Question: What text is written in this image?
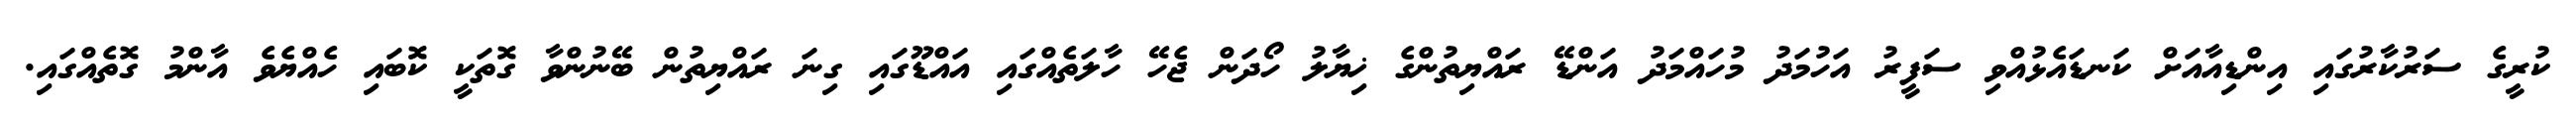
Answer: ކުރީގެ ސަރުކާރުގައި އިންޑިއާއަށް ކަނޑައެޅުއްވި ސަފީރު އަހުމަދު މުހައްމަދު އަންޑޭ ރައްޔިތުންގެ ޚިޔާލު ހޯދަން ޖެހޭ ހާލަތެއްގައި އައްޑޫގައި ގިނަ ރައްޔިތުން ބޭނުންވާ ގޮތަކީ ކޮބައި ހެއްޔެވެ އާންމު ގޮތެއްގައި.